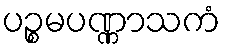
ပဉ္စမပဏ္ဏာသကံ